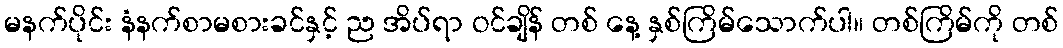
မနက်ပိုင်း နံနက်စာမစားခင်နှင့် ည အိပ်ရာ ဝင်ချိန် တစ် နေ့ နှစ်ကြိမ်သောက်ပါ။ တစ်ကြိမ်ကို တစ်